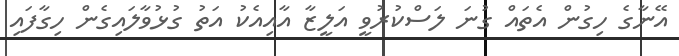
އޭނާގެ ހިގުން އެތައް ގުނަ ލަސްކުރުވީ އަލީޒާ އާއިއެކު އަތު ގުޅުވާލައިގެން ހިގާފައި